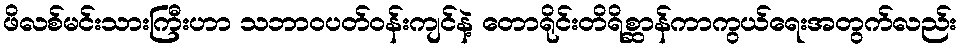
ဖိလစ်မင်းသားကြီးဟာ သဘာဝပတ်ဝန်းကျင်နဲ့ တောရိုင်းတိရိစ္ဆာန်ကာကွယ်ရေးအတွက်လည်း